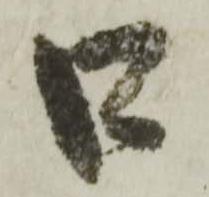
口